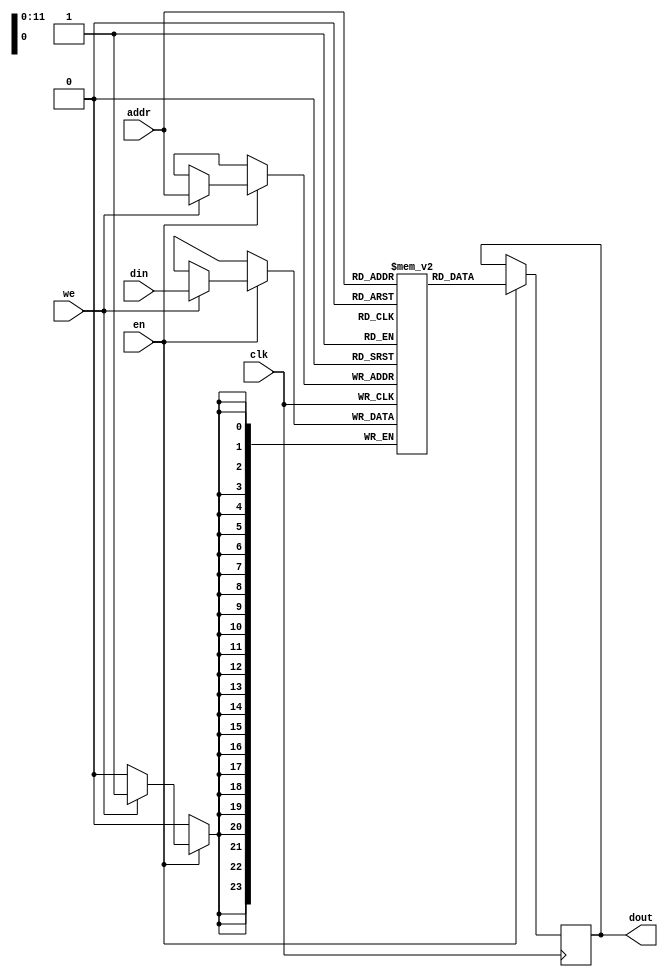
`timescale 1ns / 1ps

// READ first blockram blockram 

module blockram4k #(parameter WIDTH=24) // lehet hogy 32 nagysg
(
    input               clk, 
    input               we, 
    input               en,
    input  [11:0]       addr, 
    input  [WIDTH-1:0]  din,
    output [WIDTH-1:0]  dout
);

reg [WIDTH-1:0] memory[4095:0];
reg [WIDTH-1:0] dout_reg;

always @ (posedge clk) begin
    if (en) begin
        if (we) begin
            memory[addr] <= din;
        end
        dout_reg <= memory[addr];
    end
end

assign dout = dout_reg;

endmodule

module blockram32 #(parameter WIDTH=12) // lehet hogy 32 nagysg a BRAM
(
    input               clk, 
    input               we, 
    input               en,
    input  [11:0]       addr, 
    input  [WIDTH-1:0]  din,
    output [WIDTH-1:0]  dout
);

reg [WIDTH-1:0] memory[4095:0];
reg [WIDTH-1:0] dout_reg;

always @ (posedge clk) begin
    if (en) begin
        if (we) begin
            memory[addr] <= din;
        end
        dout_reg <= memory[addr];
    end
end

assign dout = dout_reg;

endmodule